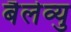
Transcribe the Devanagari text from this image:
बैलेव्यु